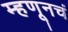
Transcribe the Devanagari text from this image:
म्हणूनचं